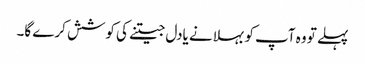
پہلے تو وہ آپ کو بہلانے یادل جیتنے کی کوشش کرے گا۔